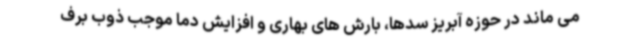
می ماند در حوزه آبریز سدها، بارش های بهاری و افزایش دما موجب ذوب برف